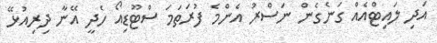
އަދި ލައިޓްއެއް ގަނެގެން ނަސްރު އެންމެ ފުރަތަމަ ސްޓޫޑިއޯ ހެދީ އޭނާ ދިރިއުޅޭ